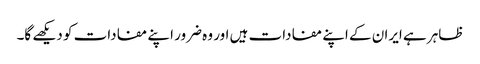
ظاہر ہے ایران کے اپنے مفادات ہیں اور وہ ضرور اپنے مفادات کو دیکھے گا۔